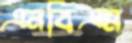
এনবিএম